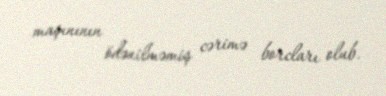
maşınının ödənilməmiş cərimə borcları olub.